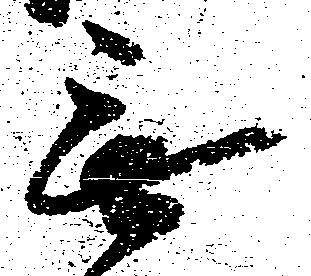
無